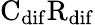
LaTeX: \mathrm{C_{dif}R_{dif}}